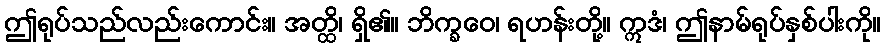
ဤရုပ်သည်လည်းကောင်း။ အတ္ထိ၊ ရှိ၏။ ဘိက္ခဝေ၊ ရဟန်းတို့။ ဣဒံ၊ ဤနာမ်ရုပ်နှစ်ပါးကို။